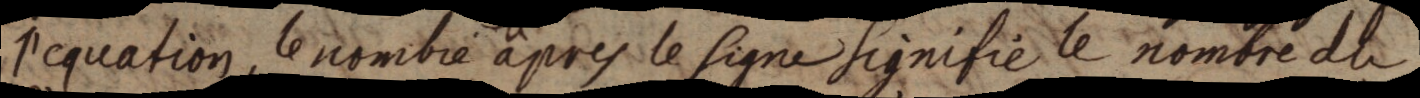
l’equation, le nombre apres le signe signifie le nombre du